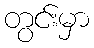
တွင်းမှာ